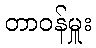
တာဝန်မှူး